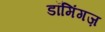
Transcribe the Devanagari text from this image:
डॉमिंगज़